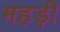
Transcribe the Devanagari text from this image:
महड़ी